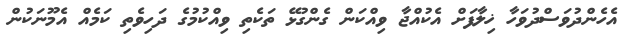
އެހެންދުވަސްދުވަހާ ޚިލާފަށް އެކުއްޖާ ވިއްކަން ގެންގުޅޭ ތަކެތި ވިއްކުމުގެ ދަހިވެތި ކަމެއް އެމޫނަކުން